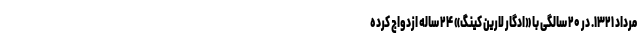
مرداد ۱۳۲۱. در ۲۰ سالگی با «ادگار لارین کینگ» ۲۴ ساله ازدواج کرده